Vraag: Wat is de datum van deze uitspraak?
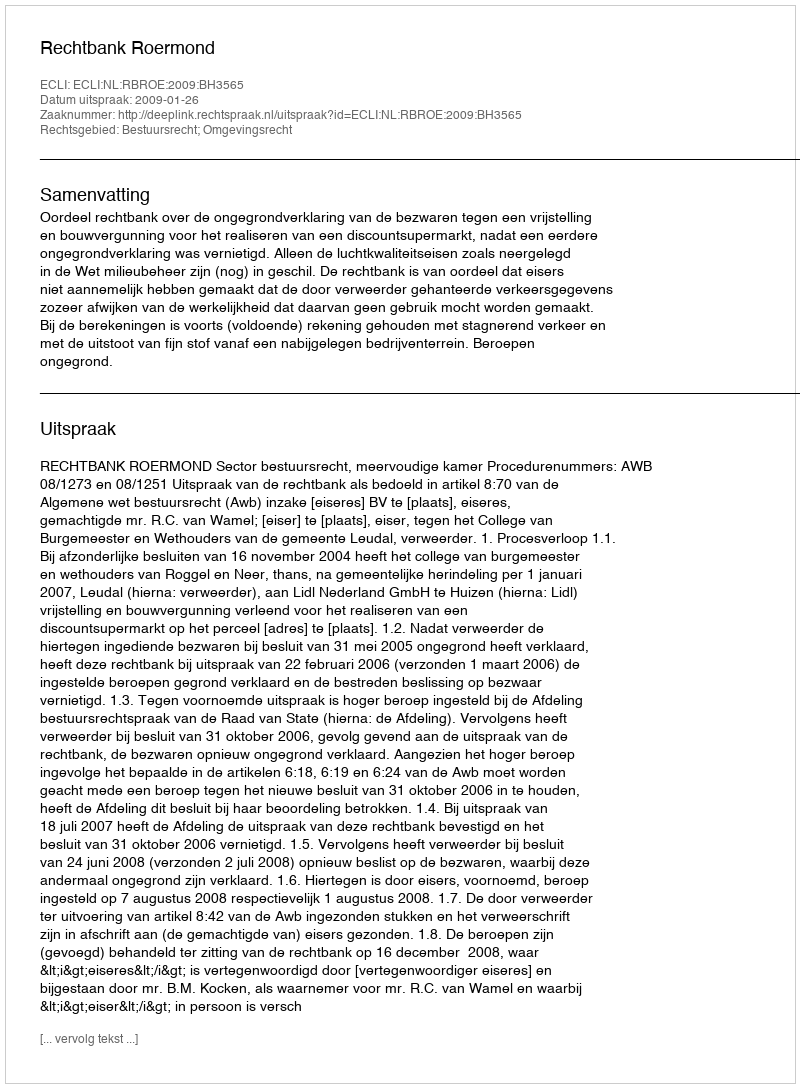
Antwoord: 2009-01-26